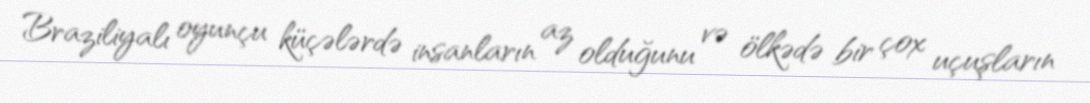
Braziliyalı oyunçu küçələrdə insanların az olduğunu və ölkədə bir çox uçuşların